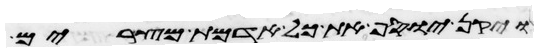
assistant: ויקן יוסף את כל אדמת מצרים